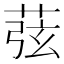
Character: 𦱁